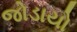
જોડાયો